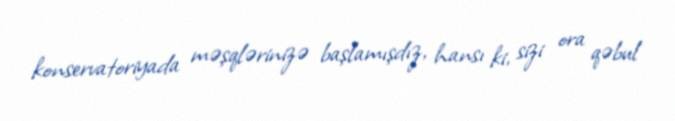
konservatoriyada məşqlərinizə başlamışdız, hansı ki, sizi ora qəbul